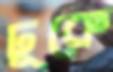
ঢূকে